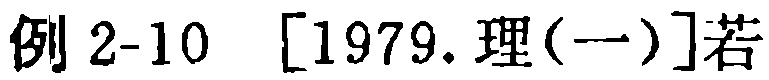
例 2-10 [1979.理(一)]若